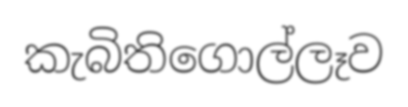
කැබිතිගොල්ලෑව